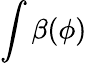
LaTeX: \int\beta(\phi)